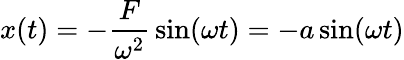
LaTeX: x(t)=-{\frac{F}{\omega^{2}}}\sin(\omega t)=-a\sin(\omega t)